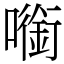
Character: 㘅